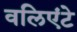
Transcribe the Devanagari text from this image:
वलिएंटे